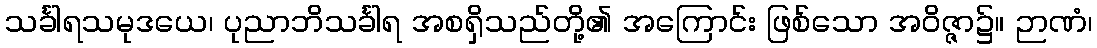
သင်္ခါရသမုဒယေ၊ ပုညာဘိသင်္ခါရ အစရှိသည်တို့၏ အကြောင်း ဖြစ်သော အဝိဇ္ဇာ၌။ ဉာဏံ၊